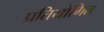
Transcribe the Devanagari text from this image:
प्रतियोगित